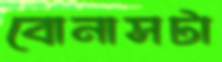
বোনাসটা